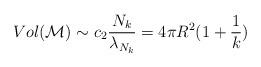
LaTeX: \begin{align*}Vol ({\cal M}) \sim c_2 \frac{N_k}{\lambda_{N_k}} = 4 \pi R^2 (1 + \frac{1}{k})\end{align*}